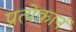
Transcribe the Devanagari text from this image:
प्रत्येकानं